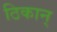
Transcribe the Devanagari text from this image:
ठिकान्